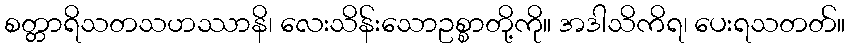
စတ္တာရိသတသဟဿာနိ၊ လေးသိန်းသောဥစ္စာတို့ကို။ အဒါသိကိရ၊ ပေးရသတတ်။